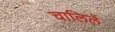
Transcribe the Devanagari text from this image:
चालिलें